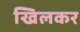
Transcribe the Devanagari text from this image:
खिलकर